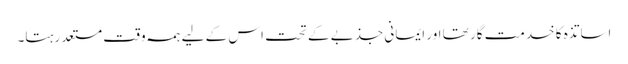
اساتذہ کا خدمت گار تھا اور ایمانی جذبے کے تحت اس کے لیے ہمہ وقت مستعد رہتا۔